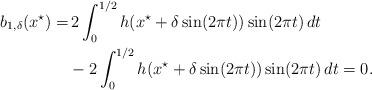
LaTeX: \begin{align*}\begin{aligned}b_{1,\delta}(x^\star) =&\, 2\int_{0}^{1/2}h(x^\star+\delta\sin(2\pi t))\sin(2\pi t)\,dt\\ &- 2\int_{0}^{1/2}h(x^\star+\delta\sin(2\pi t))\sin(2\pi t)\,dt =0.\end{aligned}\end{align*}